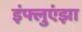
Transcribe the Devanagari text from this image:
इंफ्लुएंझा